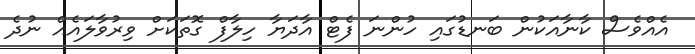
އެއްވެސް ކާނާއަކުން ބަނޑުގައި ހުންނަ ފެޓް އާދަޔާ ހިލާފް ގޮތަކަށް ވިރުވާލައެއް ނުދެ